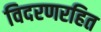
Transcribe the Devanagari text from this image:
विदरणरहित